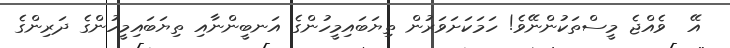
އޭ  ވެއްޖެ މީސްތަކުންނޭވެ! ހަމަކަށަވަރުން ތިޔަބައިމީހުންގެ އަނބީންނާއި ތިޔަބައިމީހުންގެ ދަރިންގެ